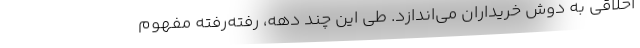
اخلاقی به دوش خریداران می‌اندازد. طی این چند دهه، رفته‌رفته مفهوم